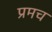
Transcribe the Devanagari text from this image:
प्रमच